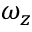
\omega _ { z }